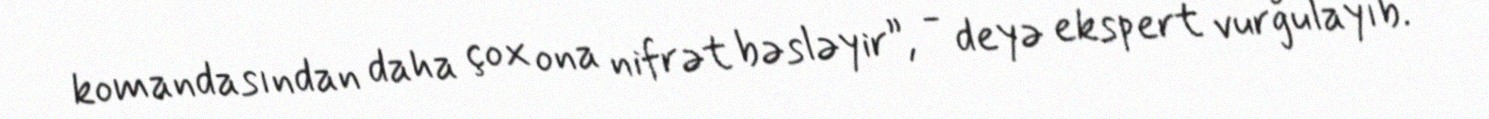
komandasından daha çox ona nifrət bəsləyir”, - deyə ekspert vurğulayıb.